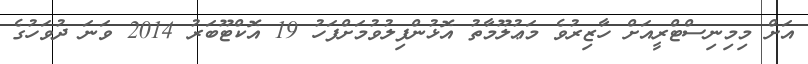
އަށް މިމިނިސްޓްރީއަށް ހާޒިރުވެ މަޢުލޫމާތު އޮޅުންފިލުވުމަށްފަހު 19 އޮކްޓޫބަރު 2014 ވަނަ ދުވަހުގެ